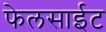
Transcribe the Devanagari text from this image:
फेलसाईट